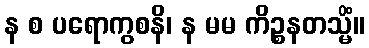
န စ ပရောကွစနိ၊ န မမ ကိဉ္စနတသ္မိံ။